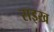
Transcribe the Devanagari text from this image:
राइख़